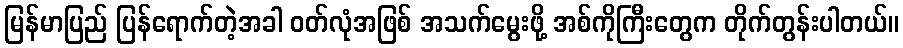
မြန်မာပြည် ပြန်ရောက်တဲ့အခါ ဝတ်လုံအဖြစ် အသက်မွေးဖို့ အစ်ကိုကြီးတွေက တိုက်တွန်းပါတယ်။